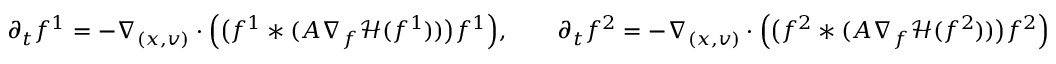
\begin{array} { r } { \partial _ { t } f ^ { 1 } = - \nabla _ { ( x , v ) } \cdot \Big ( \big ( f ^ { 1 } \ast ( A \nabla _ { f } \mathcal H ( f ^ { 1 } ) ) \big ) f ^ { 1 } \Big ) , \qquad \partial _ { t } f ^ { 2 } = - \nabla _ { ( x , v ) } \cdot \Big ( \big ( f ^ { 2 } \ast ( A \nabla _ { f } \mathcal H ( f ^ { 2 } ) ) \big ) f ^ { 2 } \Big ) } \end{array}